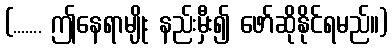
(....... ဤနေရာမျိုး နည်းမှီး၍ ဖော်ဆိုနိုင်ရမည်။)